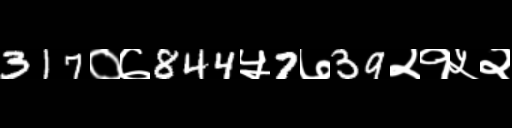
Text: 317०७844५7७39२१५२